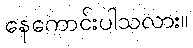
နေကောင်းပါသလား။